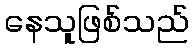
နေသူဖြစ်သည်